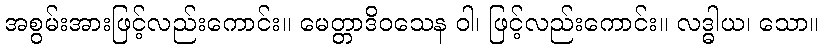
အစွမ်းအားဖြင့်လည်းကောင်း။ မေတ္တာဒိဝသေန ဝါ၊ ဖြင့်လည်းကောင်း။ လဒ္ဓါယ၊ သော။